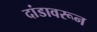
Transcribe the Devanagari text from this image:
दांडावरून